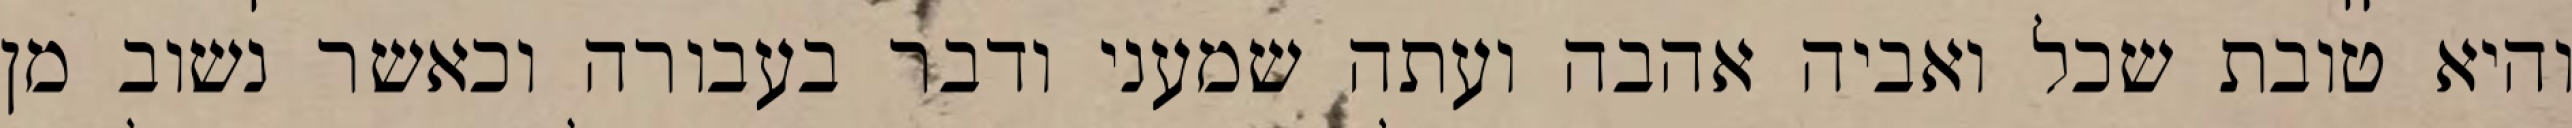
והיא טובת שכל ואביה אהבה ועתה שמעני ודבר בעבורה וכאשר נשוב מן